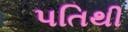
પતિથી